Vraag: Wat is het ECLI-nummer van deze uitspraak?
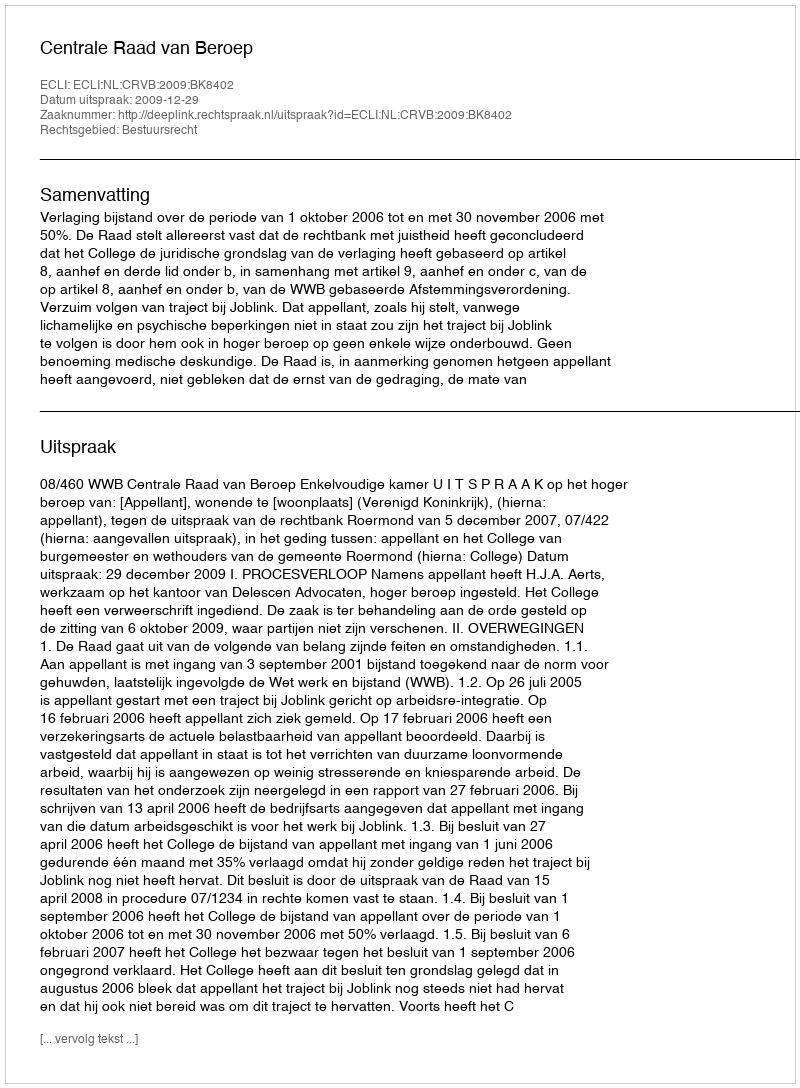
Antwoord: ECLI:NL:CRVB:2009:BK8402